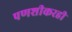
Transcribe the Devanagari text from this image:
पणशीकरही